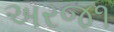
અરજ૧